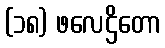
(၁၈) ဖလေဌိတော